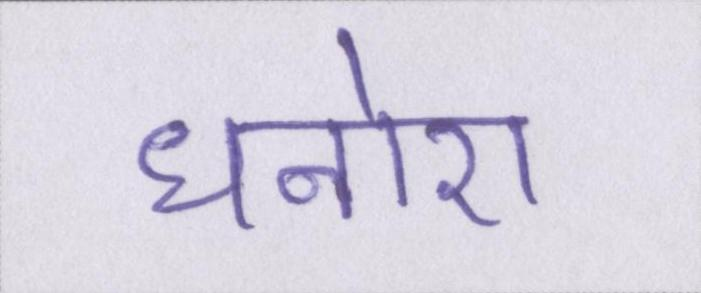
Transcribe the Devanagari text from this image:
धनोरा